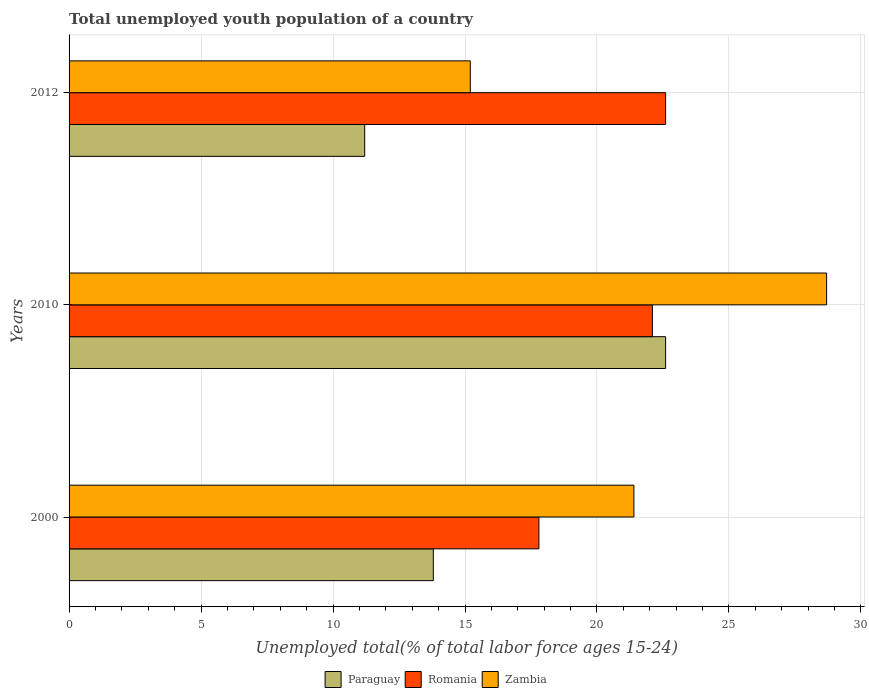
| Years | Paraguay | Romania | Zambia |
 | --- | --- | --- | --- |
 | 2000 | 13.8 | 17.8 | 21.4 |
 | 2010 | 22.6 | 22.1 | 28.7 |
 | 2012 | 11.2 | 22.6 | 15.2 |